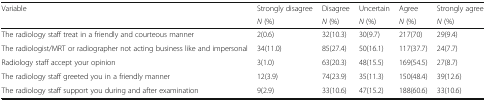
<table><thead><tr><td rowspan="2"><b>Variable</b></td><td><b>Strongly disagree</b></td><td><b>Disagree</b></td><td><b>Uncertain</b></td><td><b>Agree</b></td><td><b>Strongly agree</b></td></tr><tr><td><b><i>N</i> (%)</b></td><td><b><i>N</i> (%)</b></td><td><b><i>N</i> (%)</b></td><td><b><i>N</i> (%)</b></td><td><b><i>N</i> (%)</b></td></tr></thead><tbody><tr><td>The radiology staff treat in a friendly and courteous manner</td><td>2(0.6)</td><td>32(10.3)</td><td>30(9.7)</td><td>217(70)</td><td>29(9.4)</td></tr><tr><td>The radiologist/MRT or radiographer not acting business like and impersonal</td><td>34(11.0)</td><td>85(27.4)</td><td>50(16.1)</td><td>117(37.7)</td><td>24(7.7)</td></tr><tr><td>Radiology staff accept your opinion</td><td>3(1.0)</td><td>63(20.3)</td><td>48(15.5)</td><td>169(54.5)</td><td>27(8.7)</td></tr><tr><td>The radiology staff greeted you in a friendly manner</td><td>12(3.9)</td><td>74(23.9)</td><td>35(11.3)</td><td>150(48.4)</td><td>39(12.6)</td></tr><tr><td>The radiology staff support you during and after examination</td><td>9(2.9)</td><td>33(10.6)</td><td>47(15.2)</td><td>188(60.6)</td><td>33(10.6)</td></tr></tbody></table>